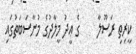
ކީރިތި ރަސޫލާ     ގެ ޢީދު މީލާދުގެ މުނާސަބަތުގައި